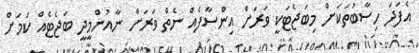
އެފަދަ ހިސާބުތަކަށް މިބަޖެޓަކީ ވަރަށް އިންސާފެއް ނެތް ވަރަށް ނާއުންމީދީ ބަޖެޓެއް ކަމަށް